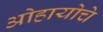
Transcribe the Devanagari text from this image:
ओहायोचे